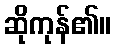
ဆိုကုန်၏။